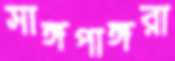
সাঙ্গপাঙ্গরা